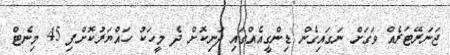
ޖަނަރޭޓަރެއް ވަގަށް ނަގައިގެން ޑިންގީއެއްގައި ދަނިކޮށް ދެ މީހަކު ހައްޔަރުކޮށްފި 45 މިނެޓް